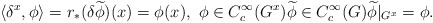
\begin{align*} \langle \delta^x,\phi \rangle =r_*(\delta \widetilde{\phi})(x) =\phi(x),\ \phi\in C^\infty_c(G^x) \widetilde{\phi} \in C^\infty_c(G) \widetilde{\phi}|_{G^x}=\phi .\end{align*}